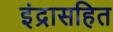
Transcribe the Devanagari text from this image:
इंद्रासहित